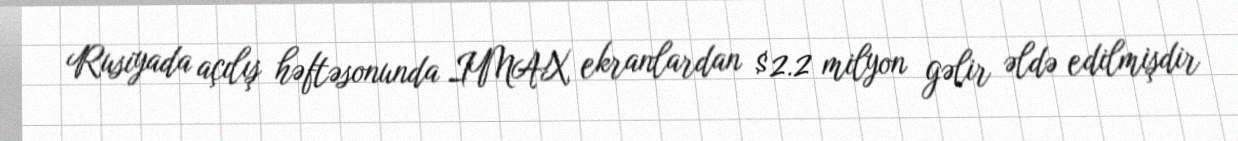
Rusiyada açılış həftəsonunda IMAX ekranlardan $2.2 milyon gəlir əldə edilmişdir